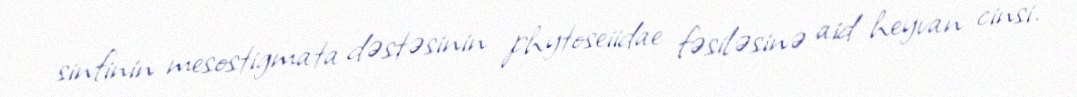
sinfinin mesostigmata dəstəsinin phytoseiidae fəsiləsinə aid heyvan cinsi.